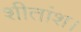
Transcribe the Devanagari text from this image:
शीतांश।